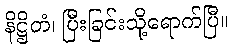
နိဋ္ဌိတံ၊ ပြီးခြင်းသို့ရောက်ပြီ။